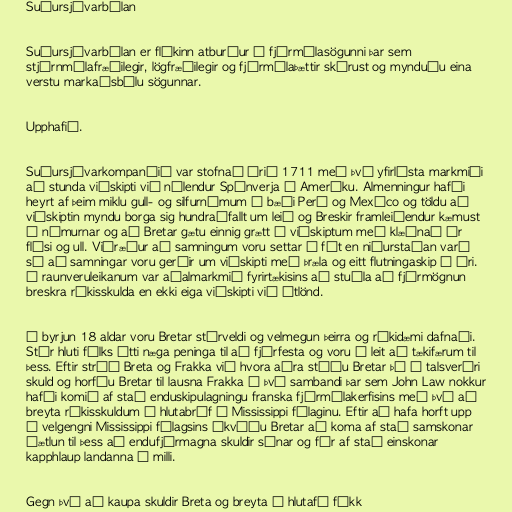
Suðursjávarbólan

Suðursjávarbólan er flókinn atburður í fjármálasögunni þar sem
stjórnmálafræðilegir, lögfræðilegir og fjármálaþættir skárust og mynduðu eina
verstu markaðsbólu sögunnar.

Upphafið.

Suðursjávarkompaníið var stofnað árið 1711 með því yfirlýsta markmiði
að stunda viðskipti við nýlendur Spánverja í Ameríku. Almenningur hafði
heyrt af þeim miklu gull- og silfurnámum í bæði Perú og Mexíco og töldu að
viðskiptin myndu borga sig hundraðfallt um leið og Breskir framleiðendur kæmust
í námurnar og að Bretar gætu einnig grætt á viðskiptum með klæðnað úr
flísi og ull. Viðræður að samningum voru settar á fót en niðurstaðan varð
sú að samningar voru gerðir um viðskipti með þræla og eitt flutningaskip á ári.
Í raunveruleikanum var aðalmarkmið fyrirtækisins að stuðla að fjármögnun
breskra ríkisskulda en ekki eiga viðskipti við útlönd.

Í byrjun 18 aldar voru Bretar stórveldi og velmegun þeirra og ríkidæmi dafnaði.
Stór hluti fólks átti næga peninga til að fjárfesta og voru í leit að tækifærum til
þess. Eftir stríð Breta og Frakka við hvora aðra stóðu Bretar þó í talsverðri
skuld og horfðu Bretar til lausna Frakka í því sambandi þar sem John Law nokkur
hafði komið af stað enduskipulagningu franska fjármálakerfisins með því að
breyta ríkisskuldum í hlutabréf í Mississippi félaginu. Eftir að hafa horft upp
á velgengni Mississippi félagsins ákváðu Bretar að koma af stað samskonar
áætlun til þess að endufjármagna skuldir sínar og fór af stað einskonar
kapphlaup landanna á milli.

Gegn því að kaupa skuldir Breta og breyta í hlutafé fékk